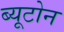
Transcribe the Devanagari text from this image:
ब्यूटोन